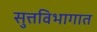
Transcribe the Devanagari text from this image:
सुत्तविभागात